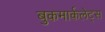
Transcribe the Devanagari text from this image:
बुकमार्कलेट्स